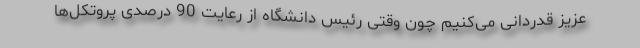
عزیز قدردانی می‌کنیم چون وقتی رئیس دانشگاه از رعایت 90 درصدی پروتکل‌ها